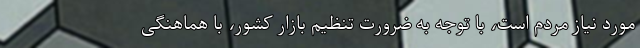
مورد نیاز مردم است، با توجه به ضرورت تنظیم بازار کشور، با هماهنگی